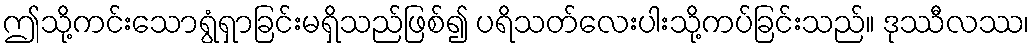
ဤသို့ကင်းသောရွံရှာခြင်းမရှိသည်ဖြစ်၍ ပရိသတ်လေးပါးသို့ကပ်ခြင်းသည်။ ဒုဿီလဿ၊